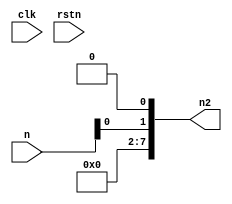
module top_core(
  input clk,
  input rstn,
  input [3:0] n,
  output reg [7:0] n2
);
  assign n2 = n[0] << 1;
endmodule